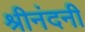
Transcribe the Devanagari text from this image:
श्रीनंदनी